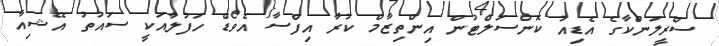
ސްރީލަންކާގެ އެޑިއު ކޮންސަލްޓުން އިންތިޒާމް ކުރާ އިފްސާ އެވޯޑް ހަފުލާއަކީ ސައުތު އޭޝިއާ